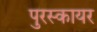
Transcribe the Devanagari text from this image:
पुरस्कायर